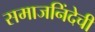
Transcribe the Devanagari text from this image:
समाजनिंदेची